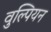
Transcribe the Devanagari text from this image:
वुल्पियन